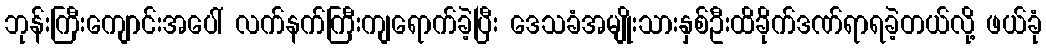
ဘုန်းကြီးကျောင်းအပေါ် လက်နက်ကြီးကျရောက်ခဲ့ပြီး ဒေသခံအမျိုးသားနှစ်ဦးထိခိုက်ဒဏ်ရာရခဲ့တယ်လို့ ဖယ်ခုံ